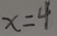
x = 4